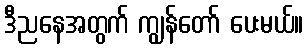
ဒီညနေအတွက် ကျွန်တော် ပေးမယ်။